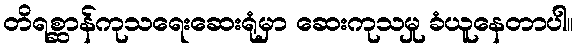
တိရစ္ဆာန်ကုသရေးဆေးရုံမှာ ဆေးကုသမှု ခံယူနေတာပါ။